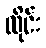
ထိုင်း